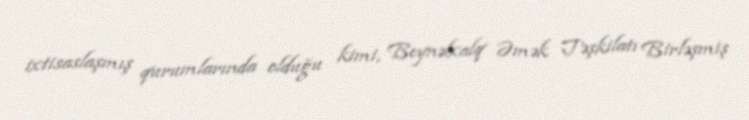
ixtisaslaşmış qurumlarında olduğu kimi, Beynəlxalq Əmək Təşkilatı Birləşmiş